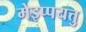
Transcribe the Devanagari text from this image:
मेइप्पयत्तु